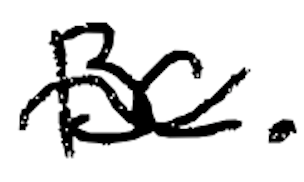
Text: BC.
Cross-out: wave
Writing tool: digital_black